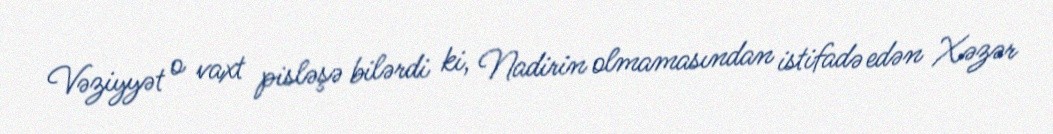
Vəziyyət o vaxt pisləşə bilərdi ki, Nadirin olmamasından istifadə edən Xəzər